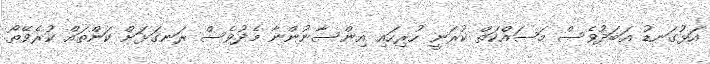
އަޅުގަނޑު އަބަދުވެސް މަސައްކަތް ކުރަނީ ހުރިހައި އިންސާނުންނާ މެދުވެސް ރަނގަޅަށް ކަންތައް ކުރެވޭތޯ